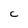
Character: C